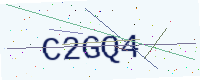
Text: C2GQ4